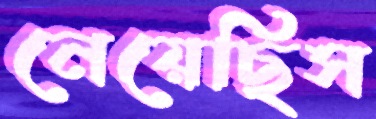
নেয়েছিস